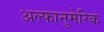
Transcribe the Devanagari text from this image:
अल्फानुमेरिक